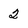
Character: 2